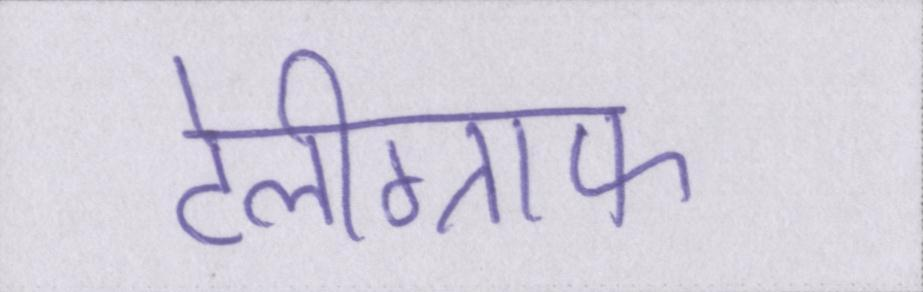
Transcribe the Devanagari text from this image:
टेलीग्राफ